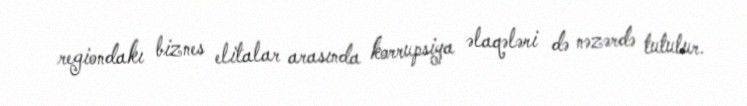
regiondakı biznes elitalar arasında korrupsiya əlaqələri də nəzərdə tutulur.